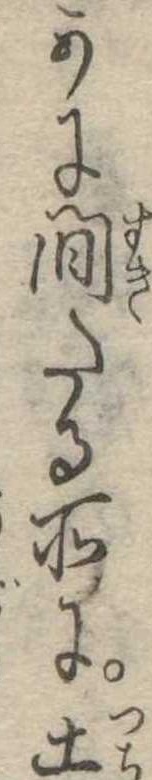
かに間たる所に土